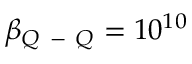
\beta _ { Q \mathrm { ~ - ~ } Q } = 1 0 ^ { 1 0 }